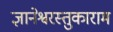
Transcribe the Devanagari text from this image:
ज्ञानेश्वरस्तुकाराम